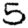
Digit: 5